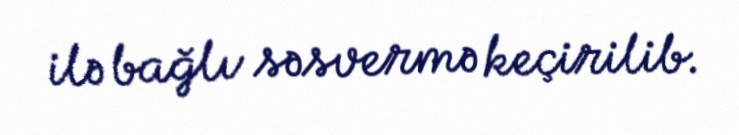
ilə bağlı səsvermə keçirilib.